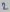
Text: 2